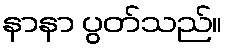
နာနာ ပွတ်သည်။